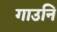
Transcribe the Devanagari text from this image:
गाउनि